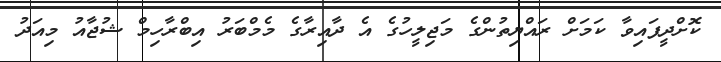
ކޮށްދީފައިވާ ކަމަށް ރައްޔިތުންގެ މަޖިލީހުގެ އެ ދާއިރާގެ މެމްބަރު އިބްރާހިމް ޝުޖާއު މިއަދު